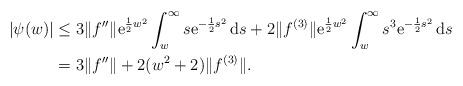
LaTeX: \begin{align*}| \psi(w) | &\leq 3 \|f''\| \mathrm{e}^{\frac12 w^2} \int_w^\infty s \mathrm{e}^{-\frac12 s^2} \, \mathrm{d}s + 2 \| f^{(3)}\| \mathrm{e}^{\frac12 w^2} \int_w^\infty s^3 \mathrm{e}^{-\frac12 s^2} \, \mathrm{d}s \\&=3 \|f'' \| + 2 (w^2+2) \| f^{(3)}\| .\end{align*}